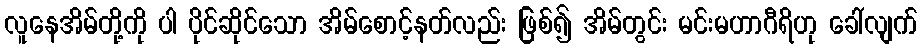
လူနေအိမ်တို့ကို ပါ ပိုင်ဆိုင်သော အိမ်စောင့်နတ်လည်း ဖြစ်၍ အိမ်တွင်း မင်းမဟာဂီရိဟု ခေါ်လျက်